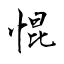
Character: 惃